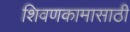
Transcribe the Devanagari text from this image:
शिवणकामासाठी